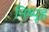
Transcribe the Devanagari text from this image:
निष्पृह